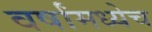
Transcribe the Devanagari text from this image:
वर्षांमध्येच